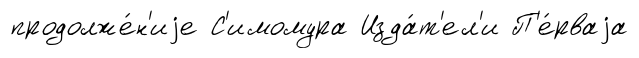
продолже́н'иjе С'имомура Изда́т'ел'и П'е́рваjа